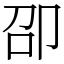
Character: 卲